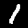
Digit: 1